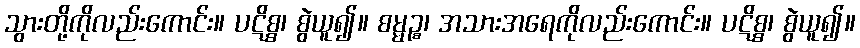
သွားတို့ကိုလည်းကောင်း။ ပဋိစ္စ၊ စွဲယူ၍။ စမ္မဉ္စ၊ အသားအရေကိုလည်းကောင်း။ ပဋိစ္စ၊ စွဲယူ၍။